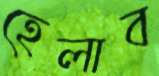
হেলাব